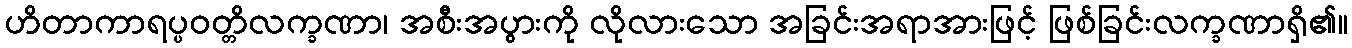
ဟိတာကာရပ္ပဝတ္တိလက္ခဏာ၊ အစီးအပွားကို လိုလားသော အခြင်းအရာအားဖြင့် ဖြစ်ခြင်းလက္ခဏာရှိ၏။